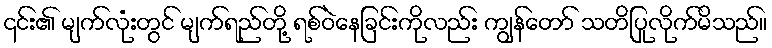
၎င်း၏ မျက်လုံးတွင် မျက်ရည်တို့ ရစ်ဝဲနေခြင်းကိုလည်း ကျွန်တော် သတိပြုလိုက်မိသည်။